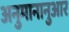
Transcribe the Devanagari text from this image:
अनुमानानुआर